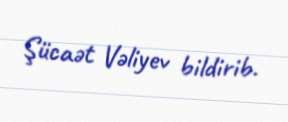
Şücaət Vəliyev bildirib.